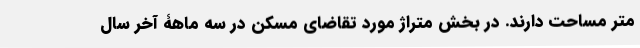
متر مساحت دارند. در بخش متراژ مورد تقاضای مسکن در سه ماهۀ آخر سال